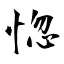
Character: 惚